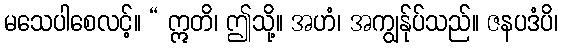
မသေပါစေလင့်။ “ ဣတိ၊ ဤသို့။ အဟံ၊ အကျွန်ုပ်သည်။ ဇနပဒံပိ၊